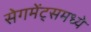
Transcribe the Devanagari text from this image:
सेगमेंट्समध्ये